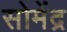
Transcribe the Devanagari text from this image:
सोमेंद्र